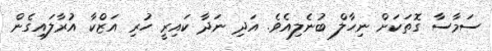
ސަމާސާ ގޮތަކަށް ނިހާލް ބުނެލިއެވެ. އަދި ނަދާ ކައިރީ ހުރި އަޒްކާ އުރާލައިގެން